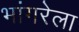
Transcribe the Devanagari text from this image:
भांगरेला